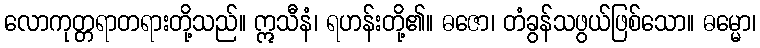
လောကုတ္တရာတရားတို့သည်။ ဣသီနံ၊ ရဟန်းတို့၏။ ဓဇော၊ တံခွန်သဖွယ်ဖြစ်သော။ ဓမ္မော၊